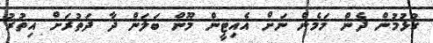
ގުޅުމުން ދެން މަމެން ނަށް އެއިޓީން މޫން ބަލަން ދާ ދަތުރަށް އިތުރު